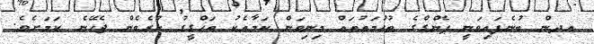
އދން ބުނެފައިވަނީ ޕެންގްގެ ތުހުމަތުތައް މިނިވަން ކަމާއެކު ތަހްގީގު ކުރެވެން ޖެހޭނެ ކަމަށެވެ.